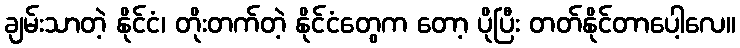
ချမ်းသာတဲ့ နိုင်ငံ၊ တိုးတက်တဲ့ နိုင်ငံတွေက တော့ ပိုပြီး တတ်နိုင်တာပေါ့လေ။